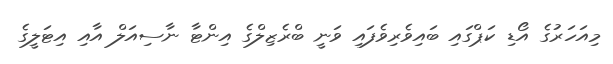
މިއަހަރުގެ އޯޑި ކަޕްގައި ބައިވެރިވެފައި ވަނީ ބްރެޒިލްގެ އިންޓާ ނާސިއަލް އާއި އިޓަލީގެ